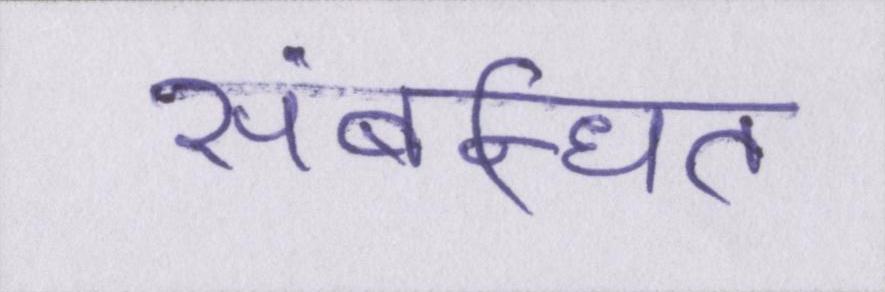
संबन्धित